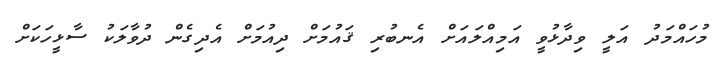
މުހައްމަދު އަލީ ވިދާޅުވީ އަމިއްލައަށް އެނބުރި ޤައުމަށް ދިއުމަށް އެދިގެން ދުވާލަކު ސާޅީހަކަށް